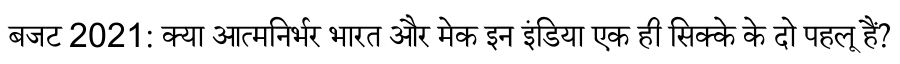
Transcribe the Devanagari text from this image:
बजट 2021: क्या आत्मनिर्भर भारत और मेक इन इंडिया एक ही सिक्के के दो पहलू हैं?